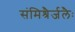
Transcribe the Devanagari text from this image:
संमिश्रैर्जलैः